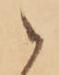
之